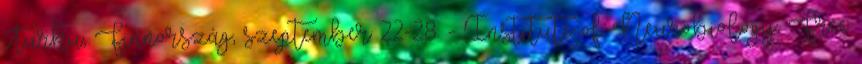
Turku, Finnország, szeptember 22-28. - Institute of Neurobiology, Free